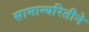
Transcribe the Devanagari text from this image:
सामान्यरितीने